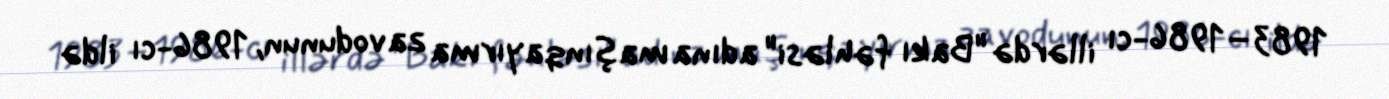
1983–1986-cı illərdə "Bakı fəhləsi" adına maşınqayırma zavodunun, 1986-cı ildə